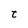
Character: t